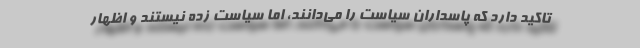
تاکید دارد که پاسداران سیاست را می‌دانند، اما سیاست زده نیستند و اظهار